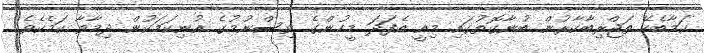
ކަމާބެހޭ ތަޖްރިބާކާރުން ބުނާގޮތުގައި މިއީ އެފަދަ މީހުންގެ ވިސްނުމުގެ އުނިކަމަކުން ދިމާވާ ކަމެކެވެ.